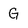
Character: G